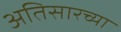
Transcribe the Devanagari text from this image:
अतिसारच्या